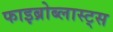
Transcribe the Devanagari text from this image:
फाइब्रोब्लास्ट्स